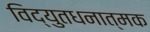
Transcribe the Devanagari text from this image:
विद्युतधनात्मक